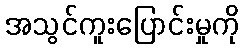
အသွင်ကူးပြောင်းမှုကို